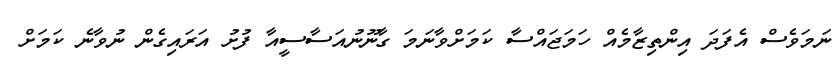
ނަމަވެސް އެފަދަ އިންތިޒާމެއް ހަމަޖައްސާ ކަމަށްވާނަމަ ގާނޫނުއަސާސީއާ ފުށު އަރައިގެން ނުވާނެ ކަމަށް